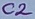
Text: C2